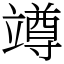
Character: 竴